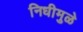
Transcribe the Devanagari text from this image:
निधीमुळे